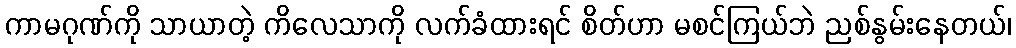
ကာမဂုဏ်ကို သာယာတဲ့ ကိလေသာကို လက်ခံထားရင် စိတ်ဟာ မစင်ကြယ်ဘဲ ညစ်နွမ်းနေတယ်၊